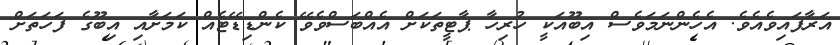
އަރާފައިވެއެވެ. އެހެންނަމަވެސް އިބޫއަކީ ހުރިހާ ޕާޓީތަކަށް އެއްބަސްވެވޭ ކެންޑިޑޭޓެއް ކަމަށާއި އިބޫގެ ފަހަތަށް